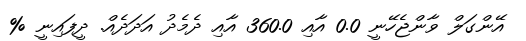
އޭންގަލް ވާންޖެހޭނީ 0.0 އާއި 360.0 އާއި ދެމެދު އަދަދެއް. ދީފައިނީ %